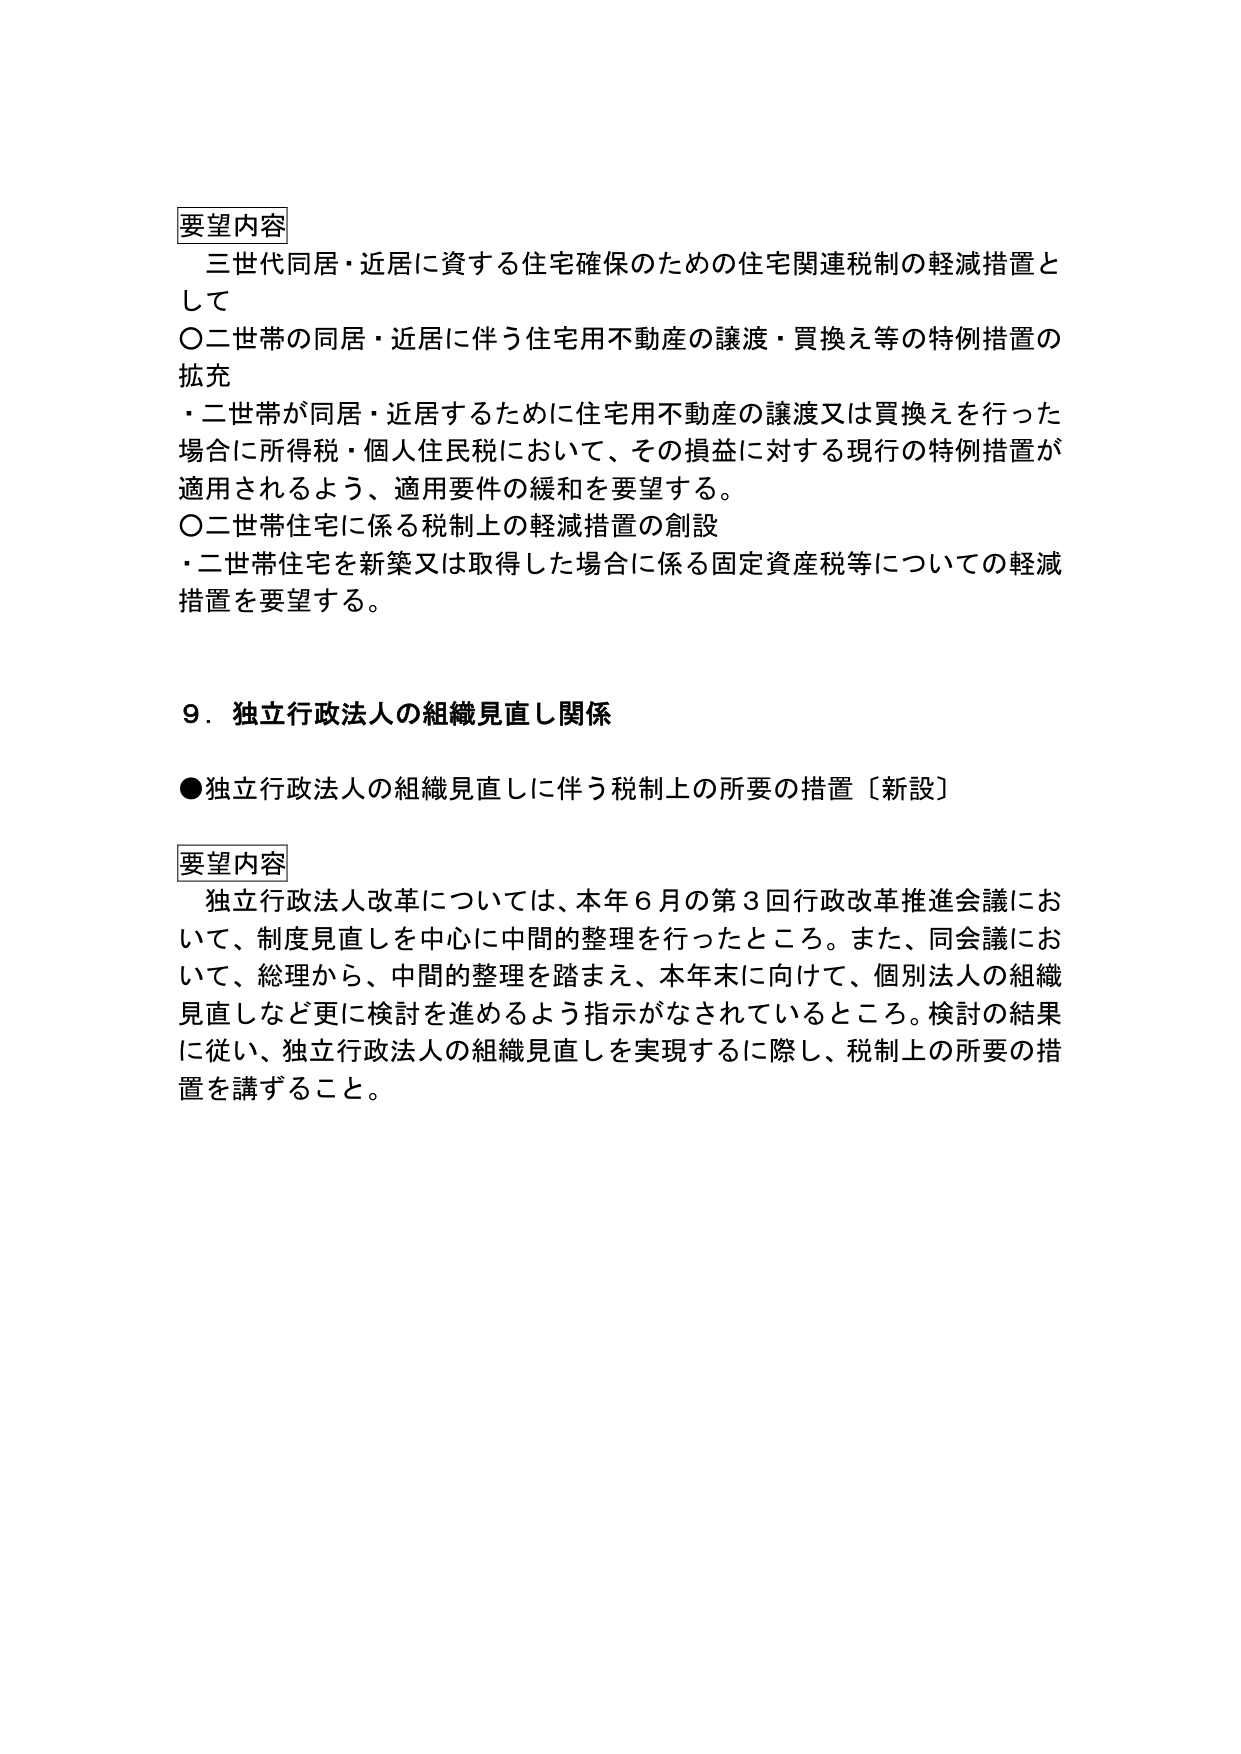
要望内容
三世代同居・近居に資する住宅確保のための住宅関連税制の軽減措置として
〇二世帯の同居・近居に伴う住宅用不動産の譲渡・買換え等の特例措置の拡充
・二世帯が同居・近居するために住宅用不動産の譲渡又は買換えを行った場合に所得税・個人住民税において、その損益に対する現行の特例措置が適用されるよう、適用要件の緩和を要望する。
〇二世帯住宅に係る税制上の軽減措置の創設
・二世帯住宅を新築又は取得した場合に係る固定資産税等についての軽減措置を要望する。

９．独立行政法人の組織見直し関係
●独立行政法人の組織見直しに伴う税制上の所要の措置〔新設〕

要望内容
独立行政法人改革については、本年６月の第３回行政改革推進会議において、制度見直しを中心に中間的整理を行ったところ。また、同会議において、総理から、中間的整理を踏まえ、本年末に向けて、個別法人の組織見直しなど更に検討を進めるよう指示がなされているところ。検討の結果に従い、独立行政法人の組織見直しを実現するに際し、税制上の所要の措置を講ずること。